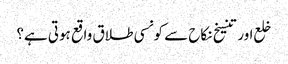
خلع اور تنسیخ نکاح سے کونسی طلاق واقع ہوتی ہے؟